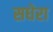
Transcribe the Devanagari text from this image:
सधेरा